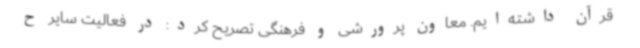
قرآن داشته‌ایم. معاون پرورشی و فرهنگی تصریح کرد: در فعالیت سایر ح